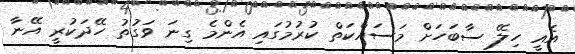
އެއީ ހިލޭ ސާބަހަށް މަސައްކަތް ކުރުމުގައި އެންމެ ގިނަ ވަގުތު ހޭދަކުރީ އޭނާ